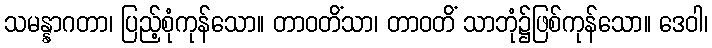
သမန္နာဂတာ၊ ပြည့်စုံကုန်သော။ တာဝတိံသာ၊ တာဝတိံ သာဘုံ၌ဖြစ်ကုန်သော။ ဒေဝါ၊